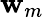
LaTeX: \mathbf{w}_{m}